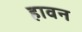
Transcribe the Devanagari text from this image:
हावन